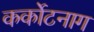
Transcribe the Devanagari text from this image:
कर्कोटनाग